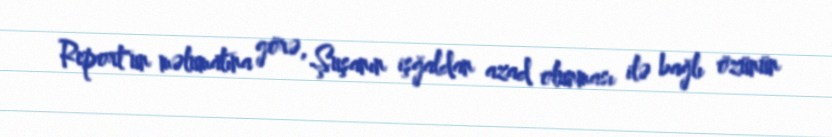
Report"un məlumatına görə, Şuşanın işğaldan azad olunması ilə bağlı özünün